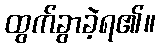
ထွက်ခွာခဲ့ရ၏။